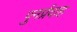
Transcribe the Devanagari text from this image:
पुनर्प्रवाह